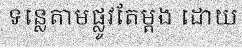
ទន្លេតាមផ្លូវតែម្តង ដោយ